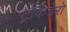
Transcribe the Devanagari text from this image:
ट्रोकैडेरो